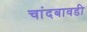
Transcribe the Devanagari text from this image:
चांदबावडी